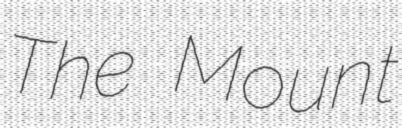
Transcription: The Mount